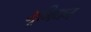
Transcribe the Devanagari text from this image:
भूमिधन